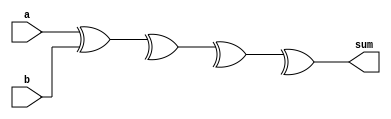
module brent_kung_adder (
    input wire [3:0] a,
    input wire [3:0] b,
    output reg [3:0] sum
);

reg [3:0] p[2:0];
reg [3:0] g[2:0];
reg [4:0] c[3:0];

assign p[0] = a ^ b;
assign g[0] = a & b;

assign p[1] = p[0] ^ c[0];
assign g[1] = (p[0] & c[0]) | (a & b);

assign p[2] = p[1] ^ c[1];
assign g[2] = (p[1] & c[1]) | (p[0] & c[0]);

assign sum = p[2] ^ c[2];
assign c[3] = (p[2] & c[2]) | (p[1] & c[1]) | (p[0] & c[0]);

endmodule